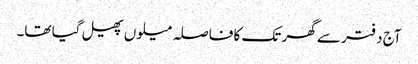
آج دفتر سے گھر تک کا فاصلہ میلوں پھیل گیا تھا۔